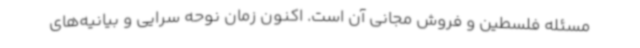
مسئله فلسطین و فروش مجانی آن است. اکنون زمان نوحه سرایی و بیانیه‌های